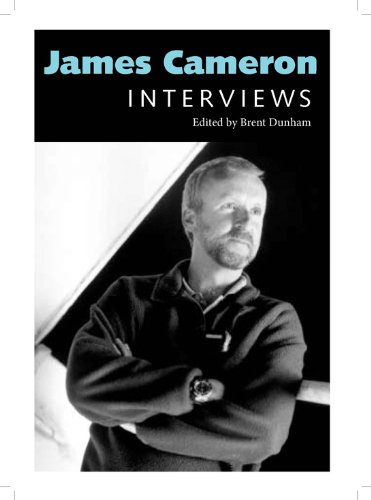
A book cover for James Cameron: Interviews (Conversations with Filmmakers Series); Humor & Entertainment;